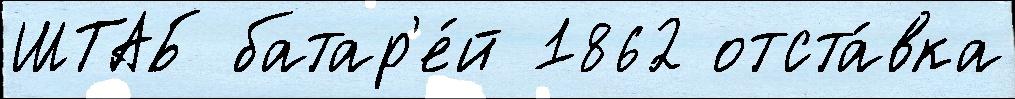
ШТАБ батар'е́й 1862 отста́вка